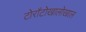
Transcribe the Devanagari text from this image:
टोराँटोखालोखाल